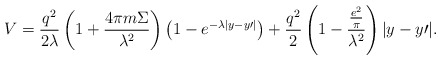
\begin{align*}V = \frac{{q^2 }}{{2\lambda }}\left( {1 + \frac{{4\pi m\Sigma}}{{\lambda ^2 }}} \right)\left( {1 - e^{ - \lambda |y -y{\prime}|} } \right) + \frac{{q^2 }}{2}\left( {1 -\frac{{\frac{{e^2 }}{\pi }}}{{\lambda ^2 }}} \right)|y -y{\prime}| . \end{align*}